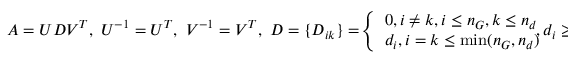
\begin{array} { r } { A = U D V ^ { T } , \ U ^ { - 1 } = U ^ { T } , \ V ^ { - 1 } = V ^ { T } , \ D = \{ D _ { i k } \} = \! \left\{ \begin{array} { l l } { 0 , i \ne k , i \le n _ { G } , k \le n _ { d } } \\ { d _ { i } , i = k \le \operatorname* { m i n } ( n _ { G } , n _ { d } ) } \end{array} \right. \! \! \! \! \! \! , d _ { i } \ge d _ { i + 1 } \ge 0 . } \end{array}